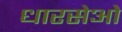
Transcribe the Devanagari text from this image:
धारसेओ